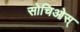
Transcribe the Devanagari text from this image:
सोचिओस्